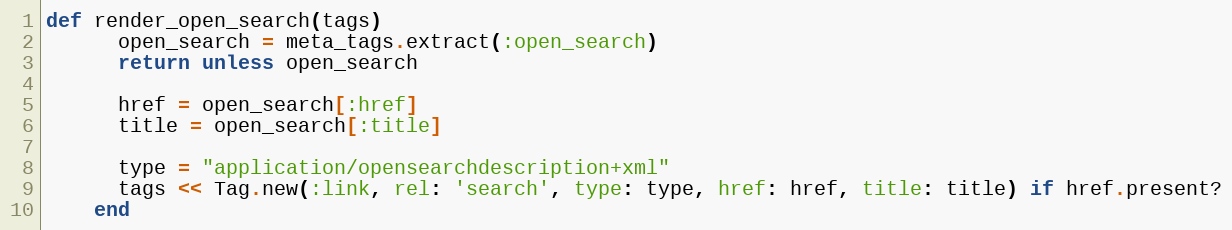
Language: Ruby
def render_open_search(tags)
      open_search = meta_tags.extract(:open_search)
      return unless open_search

      href = open_search[:href]
      title = open_search[:title]

      type = "application/opensearchdescription+xml"
      tags << Tag.new(:link, rel: 'search', type: type, href: href, title: title) if href.present?
    end